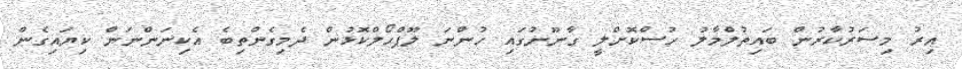
އިރު މިސަރުކާރުން ބައިތުލްމާލު ހުސްކޮށްލީ ގާނޫނުގައި ހުންނަ ލޫޕްހޯލްކޮޅުން ދެމިގެންތިބެ އެކިނަންނަން ކިޔައިގެން